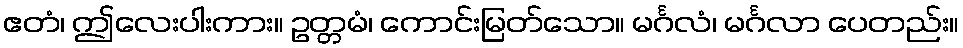
ဧတံ၊ ဤလေးပါးကား။ ဥတ္တမံ၊ ကောင်းမြတ်သော။ မင်္ဂလံ၊ မင်္ဂလာ ပေတည်း။